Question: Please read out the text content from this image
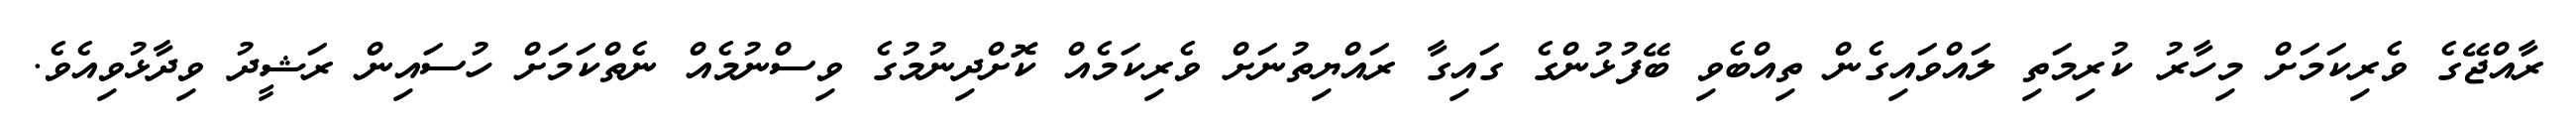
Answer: ރާއްޖޭގެ ވެރިކަމަށް މިހާރު ކުރިމަތި ލައްވައިގެން ތިއްބެވި ބޭފުޅުންގެ ގައިގާ ރައްޔިތުނަށް ވެރިކަމެއް ކޮށްދިނުމުގެ ވިސްނުމެއް ނެތްކަމަށް ހުސައިން ރަޝީދު ވިދާޅުވިއެވެ.